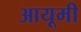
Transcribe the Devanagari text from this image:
आयूमी